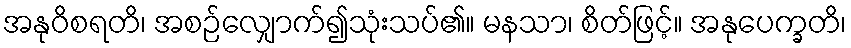
အနုဝိစရတိ၊ အစဉ်လျှောက်၍သုံးသပ်၏။ မနသာ၊ စိတ်ဖြင့်။ အနုပေက္ခတိ၊